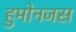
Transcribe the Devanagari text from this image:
हुमोनजस